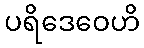
ပရိဒေဝေဟိ